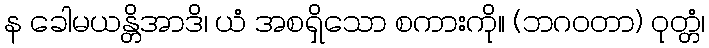
န ခေါမယန္တိအာဒိ၊ ယံ အစရှိသော စကားကို။ (ဘဂဝတာ) ဝုတ္တံ၊